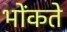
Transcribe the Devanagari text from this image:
भोंकते